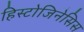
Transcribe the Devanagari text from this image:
हिस्टोजिनेसिस